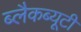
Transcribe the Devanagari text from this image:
ब्लैकब्यूटी